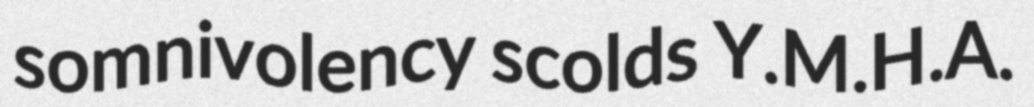
somnivolency scolds Y.M.H.A.